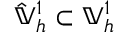
\hat { \mathbb { V } } _ { h } ^ { 1 } \subset \mathbb { V } _ { h } ^ { 1 }